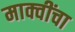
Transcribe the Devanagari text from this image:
माक्वींचा